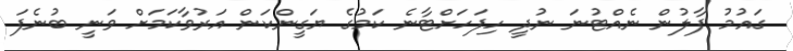
ގައުމު ފާލުން ނެއްޓުނަ ނުދީ ހިފަހަށްޓާނެ ކަމުގެ ޔަގީންކަން އަރުވާކަމަށް ވަނީ ބުނެފަ